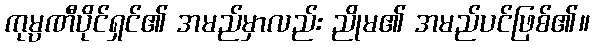
ကုမ္ပဏီပိုင်ရှင်၏ အမည်မှာလည်း ညိုမ၏ အမည်ပင်ဖြစ်၏။